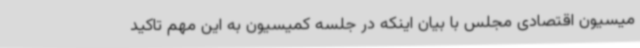
میسیون اقتصادی مجلس با بیان اینکه در جلسه کمیسیون به این مهم تاکید